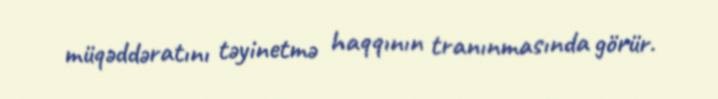
müqəddəratını təyinetmə haqqının tranınmasında görür.